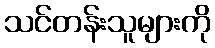
သင်တန်းသူများကို